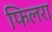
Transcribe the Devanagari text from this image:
फिलरा